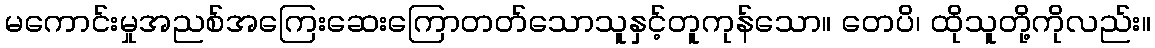
မကောင်းမှုအညစ်အကြေးဆေးကြောတတ်သောသူနှင့်တူကုန်သော။ တေပိ၊ ထိုသူတို့ကိုလည်း။